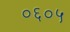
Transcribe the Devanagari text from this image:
०६०५